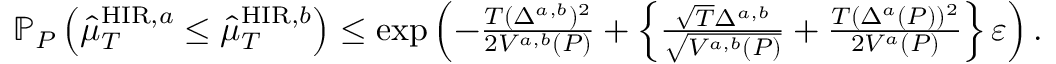
\begin{array} { r } { \mathbb { P } _ { P } \left( \widehat { \mu } _ { T } ^ { \mathrm { H I R } , a } \leq \widehat { \mu } _ { T } ^ { \mathrm { H I R } , b } \right) \leq \exp \left( - \frac { T ( \Delta ^ { a , b } ) ^ { 2 } } { 2 V ^ { a , b } ( P ) } + \left\{ \frac { \sqrt { T } \Delta ^ { a , b } } { \sqrt { V ^ { a , b } ( P ) } } + \frac { T ( \Delta ^ { a } ( P ) ) ^ { 2 } } { 2 V ^ { a } ( P ) } \right\} \varepsilon \right) . } \end{array}